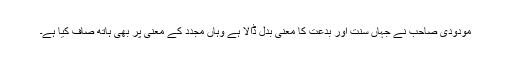
مودودی صاحب نے جہاں سنت اور بدعت کا معنیٰ بدل ڈالا ہے وہاں مجدد کے معنیٰ پر بھی ہاتھ صاف کیا ہے۔